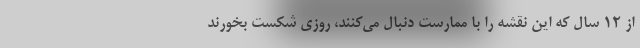
از ۱۲ سال که این نقشه را با ممارست دنبال می‌کنند، روزی شکست بخورند